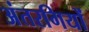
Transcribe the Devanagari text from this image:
अंतरगियों